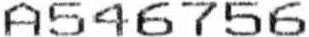
A546756